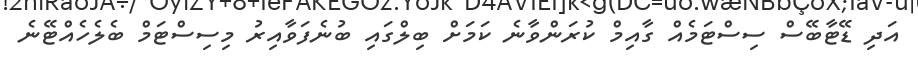
އަދި ޑޭޓާބޭސް ސިސްޓަމެއް ގާއިމް ކުރަންވާނެ ކަމަށް ބިލްގައި ބުނެފަވާއިރު މިސިސްޓަމް ބެލެހެއްޓޭނެ